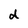
Character: d